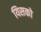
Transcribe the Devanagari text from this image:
यिसको